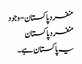
منفرد پاکستان - وجود
منفرد پاکستان
یہ پاکستان ہے۔